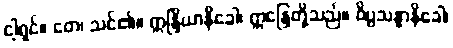
ငါ့ရှင်။ တေ၊ သင်၏။ ဣန္ဒြိယာနိခေါ၊ ဣန္ဒြေတို့သည်။ ဝိပ္ပသန္နာနိခေါ၊